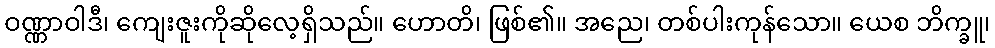
ဝဏ္ဏာဝါဒီ၊ ကျေးဇူးကိုဆိုလေ့ရှိသည်။ ဟောတိ၊ ဖြစ်၏။ အညေ၊ တစ်ပါးကုန်သော။ ယေစ ဘိက္ခူ၊